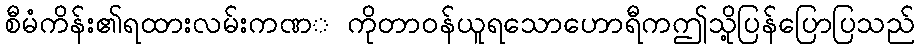
စီမံကိန်း၏ရထားလမ်းကဏ္ ကိုတာဝန်ယူရသောဟောရီကဤသို့ပြန်ပြောပြသည်